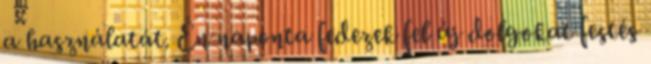
a használatát. Én naponta fedezek fel új dolgokat festés